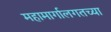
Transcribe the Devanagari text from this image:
महामार्गालगतच्या